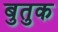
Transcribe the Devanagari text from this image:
बुतुक